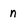
Character: n